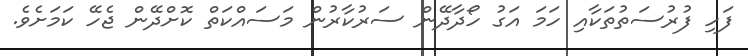
ފަހި ފުރުސަތުތަކާއި ހަމަ އަގު ހޯދާދޭން ސަރުކާރުން މަސައްކަތް ކޮށްދޭން ޖެހޭ ކަމަށެވެ.